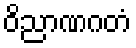
ဝိညာဏဂတံ